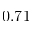
0 . 7 1